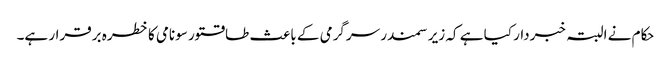
حکام نے البتہ خبردار کیا ہے کہ زیر سمندر سرگرمی کے باعث طاقتور سونامی کا خطرہ برقرار ہے۔